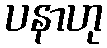
ပနာဟု